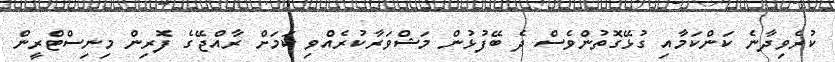
ކުރެވިދާނެ ކަންކަމާއި ގުޅޭގޮތުންވެސް ދެ ބޭފުޅުން މަޝްވަރާކުރެއްވި ކަމަށް ރާއްޖޭގެ ފޮރިން މިނިސްޓްރީން